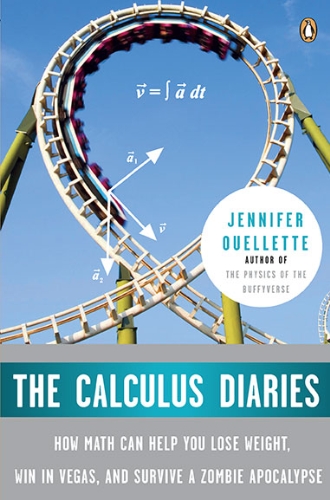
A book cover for The Calculus Diaries: How Math Can Help You Lose Weight, Win in Vegas, and Survive a Zombie Apocalypse; Jennifer Ouellette; Science & Math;